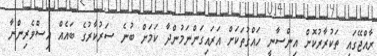
ރާއްޖޭގައި ތަކުރާރުކޮށް އިންސާނީ ހައްގުތަކަށް އަރައިގަންނަމުންދާ ކަމަށް ބުނެ ސަރުކާރުގެ ބައެއް އިސްވެރިންނާ